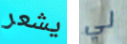
يشعر لي